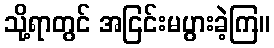
သို့ရာတွင် အငြင်းမပွားခဲ့ကြ။